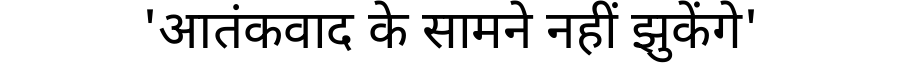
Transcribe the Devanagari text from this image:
'आतंकवाद के सामने नहीं झुकेंगे'